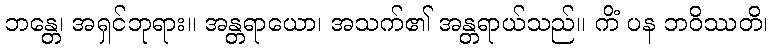
ဘန္တေ၊ အရှင်ဘုရား။ အန္တရာယော၊ အသက်၏ အန္တရာယ်သည်။ ကိံ ပန ဘဝိဿတိ၊